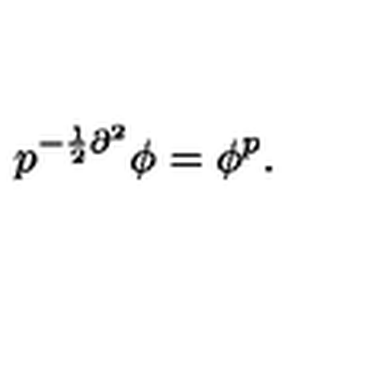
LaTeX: p ^ { - \frac { 1 } { 2 } \partial ^ { 2 } } \phi = \phi ^ { p } .